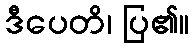
ဒီပေတိ၊ ပြ၏။